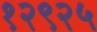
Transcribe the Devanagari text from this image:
१२९२५